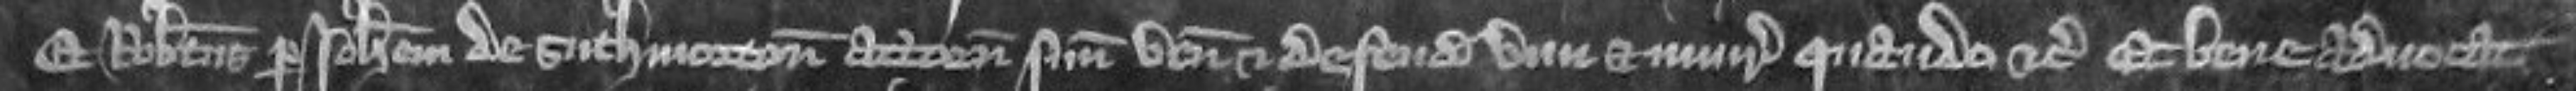
Et Robertus per Johannem de Suthmorton attornatum suum venit et defendit vim et injuriam quando etc Et bene advocat